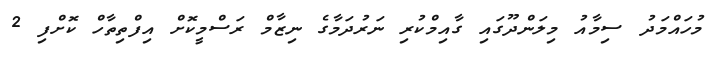
މުހައްމަދު ސިމާއު މިލަންދޫގައި ގާއިމްކުރި ނަރުދަމާގެ ނިޒާމް ރަސްމީކޮށް އިފްތިތާހް ކޮށްފި 2